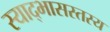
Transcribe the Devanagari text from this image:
स्याद्भासस्तस्य